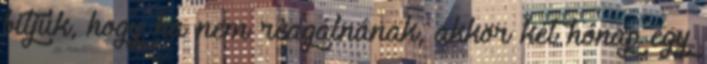
bitjük, hogy ha nem reagálnának, akkor két hónap egy